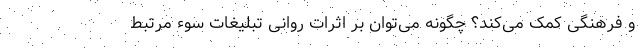
و فرهنگی کمک می‌کند؟ چگونه می‌توان بر اثرات روانی تبلیغات سوء مرتبط